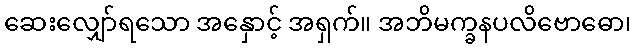
ဆေးလျှော်ရသော အနှောင့် အရှက်။ အဘိမက္ခနပလိဗောဓော၊